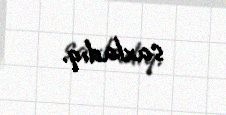
saxladıq.